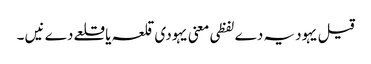
قیل یہودیہ دے لفظی معنی یہودی قلعہ یا قلعے دے نیں ۔